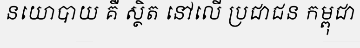
នយោបាយ គឺ ស្ថិត នៅលើ ប្រជាជន កម្ពុជា